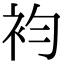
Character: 袀